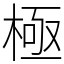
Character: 極